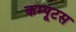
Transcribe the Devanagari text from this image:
कम्पूटस